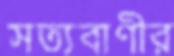
সত্যবাণীর